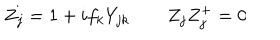
LaTeX: Z _ { j } = 1 + i f _ { k } Y _ { j k } \qquad Z _ { j } Z _ { j } ^ { + } = 0